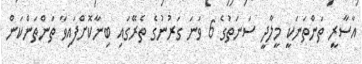
އާސާރީ ތަންތަނަކީ މީލާދީ ސަނަތުގެ 6 ވަނަ ގަރުނުގެ ތެރޭގައި ބިނާކޮށްފައިވާ ތަންތަންކަން